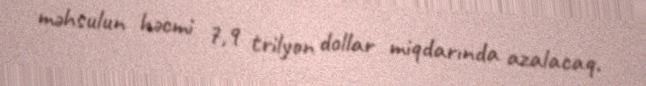
məhsulun həcmi 7,9 trilyon dollar miqdarında azalacaq.